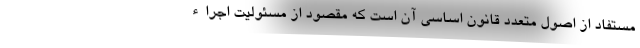
مستفاد از اصول متعدد قانون اساسی آن است که مقصود از مسئولیت اجراء